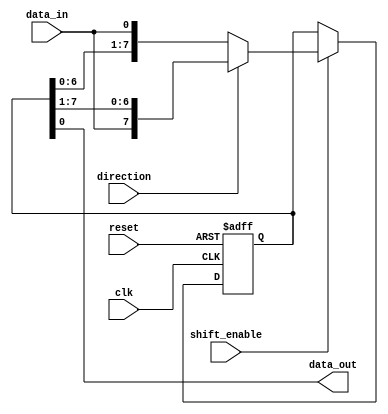
module shift_register (
    input wire clk,
    input wire reset,
    input wire shift_enable,
    input wire direction, // 0: shift left, 1: shift right
    input wire data_in,
    output wire data_out
);

reg [7:0] register;

always @(posedge clk or posedge reset) begin
    if (reset) begin
        register <= 8'b0;
    end else if (shift_enable) begin
        if (direction == 1'b0) begin
            register <= {register[6:0], data_in};
        end else begin
            register <= {data_in, register[7:1]};
        end
    end
end

assign data_out = register[0];

endmodule